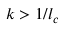
k > 1 / l _ { c }